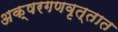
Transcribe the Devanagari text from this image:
अक्षरगणवृत्तात